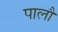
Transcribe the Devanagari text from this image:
पालौ